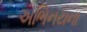
અભિનયના